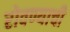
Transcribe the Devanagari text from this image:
रोवण्याची